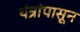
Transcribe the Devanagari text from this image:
यंत्रांपासून